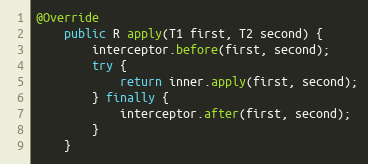
Language: Java
@Override
    public R apply(T1 first, T2 second) {
        interceptor.before(first, second);
        try {
            return inner.apply(first, second);
        } finally {
            interceptor.after(first, second);
        }
    }